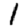
Digit: 1